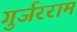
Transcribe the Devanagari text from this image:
गुर्जरराम